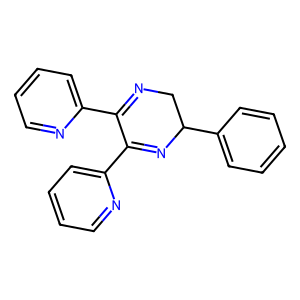
SMILES: c1ccc(C2CN=C(c3ccccn3)C(c3ccccn3)=N2)cc1
Inhibits HIV replication: No